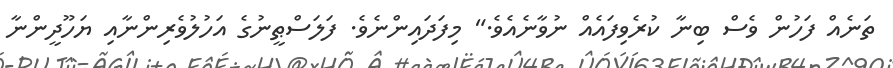
ތަނެއް ފަހުން ވެސް ބިނާ ކުރެވިފައެއް ނުވާނެއެވެ." މިފަދައިންނެވެ. ފަލަސްޠީނުގެ އަހުލުވެރިންނާއި ޔަހޫދީންނާ